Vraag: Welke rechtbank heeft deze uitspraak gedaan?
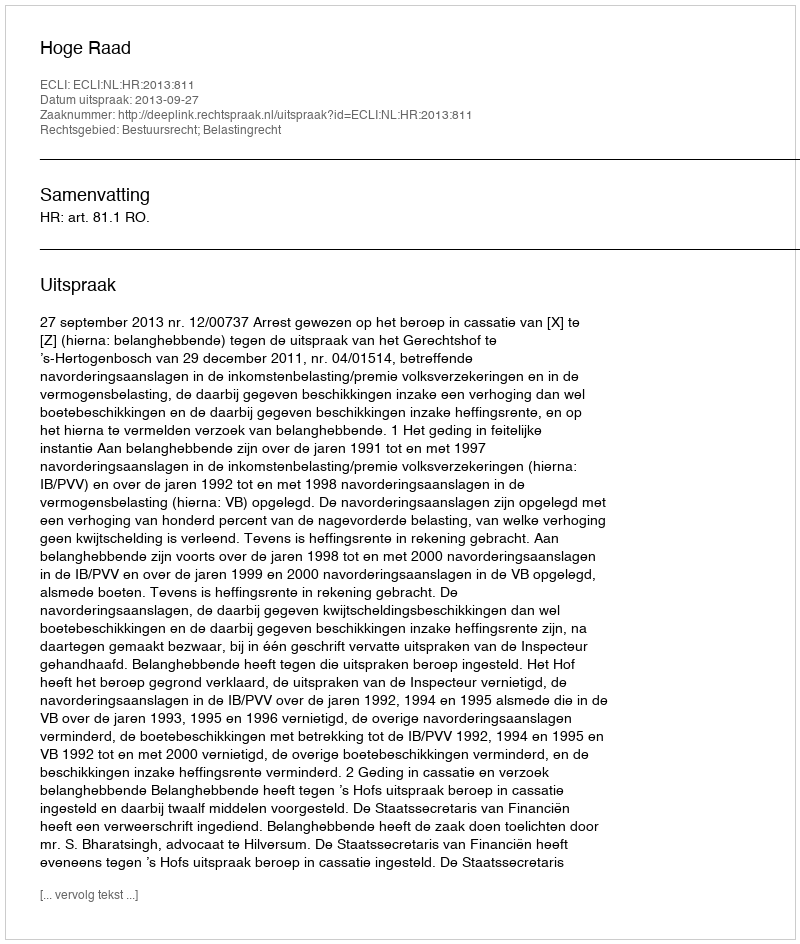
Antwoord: Hoge Raad